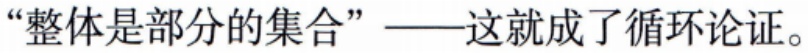
“整体是部分的集合”——这就成了循环论证。